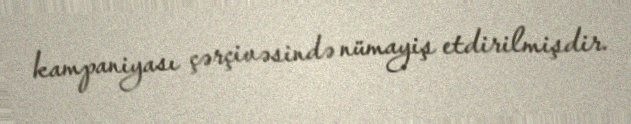
kampaniyası çərçivəsində nümayiş etdirilmişdir.